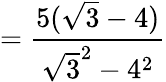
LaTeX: ={\frac{5({\sqrt{3}}-4)}{{\sqrt{3}}^{2}-4^{2}}}